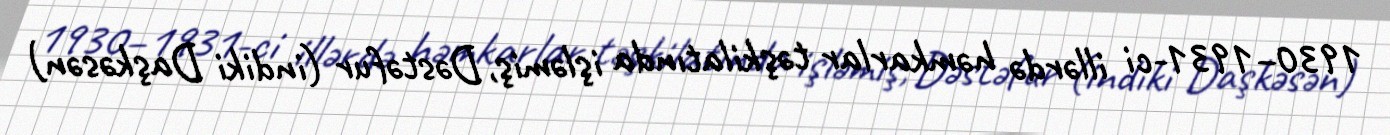
1930–1931-ci illərdə həmkarlar təşkilatında işləmiş, Dəstəfur (indiki Daşkəsən)